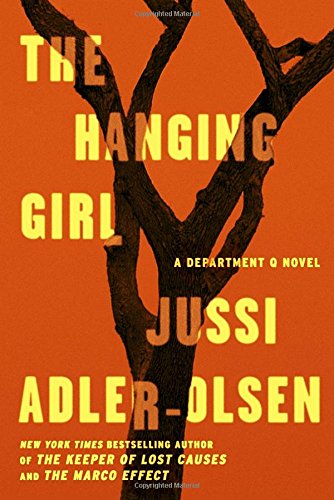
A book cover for The Hanging Girl: A Department Q Novel; Jussi Adler-Olsen; Mystery, Thriller & Suspense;